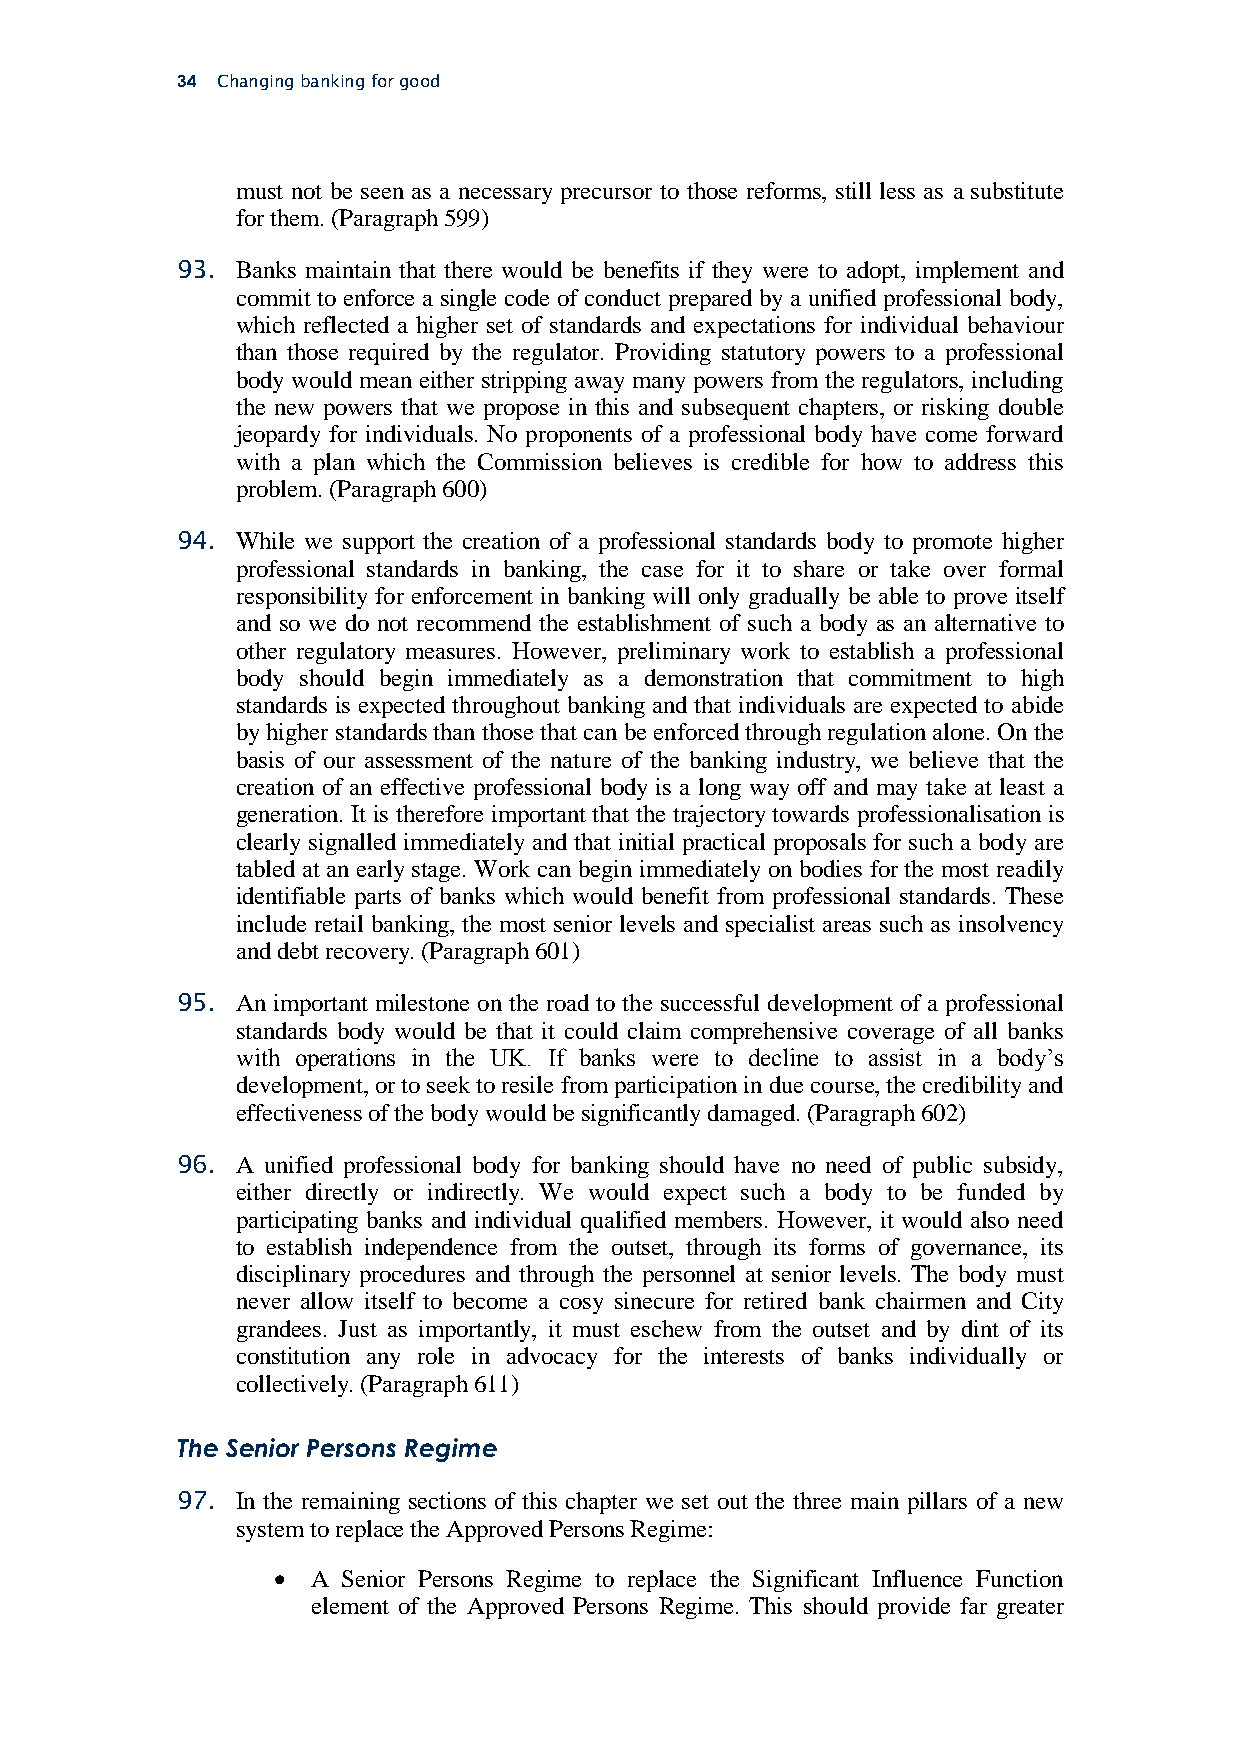
34 Changing banking for good
 must not be seen as a necessary precursor to those reforms, still less as a substitute
 for them. (Paragraph 599)
 93. Banks maintain that there would be benefits if they were to adopt, implement and
 commit to enforce a single code of conduct prepared by a unified professional body,
 which reflected a higher set of standards and expectations for individual behaviour
 than those required by the regulator. Providing statutory powers to a professional
 body would mean either stripping away many powers from the regulators, including
 the new powers that we propose in this and subsequent chapters, or risking double
 jeopardy for individuals. No proponents of a professional body have come forward
 with a plan which the Commission believes is credible for how to address this
 problem. (Paragraph 600)
 94. While we support the creation of a professional standards body to promote higher
 professional standards in banking, the case for it to share or take over formal
 responsibility for enforcement in banking will only gradually be able to prove itself
 and so we do not recommend the establishment of such a body as an alternative to
 other regulatory measures. However, preliminary work to establish a professional
 body should begin immediately as a demonstration that commitment to high
 standards is expected throughout banking and that individuals are expected to abide
 by higher standards than those that can be enforced through regulation alone. On the
 basis of our assessment of the nature of the banking industry, we believe that the
 creation of an effective professional body is a long way off and may take at least a
 generation. It is therefore important that the trajectory towards professionalisation is
 clearly signalled immediately and that initial practical proposals for such a body are
 tabled at an early stage. Work can begin immediately on bodies for the most readily
 identifiable parts of banks which would benefit from professional standards. These
 include retail banking, the most senior levels and specialist areas such as insolvency
 and debt recovery. (Paragraph 601)
 95. An important milestone on the road to the successful development of a professional
 standards body would be that it could claim comprehensive coverage of all banks
 with operations in the UK. If banks were to decline to assist in a body’s
 development, or to seek to resile from participation in due course, the credibility and
 effectiveness of the body would be significantly damaged. (Paragraph 602)
 96. A unified professional body for banking should have no need of public subsidy,
 either directly or indirectly. We would expect such a body to be funded by
 participating banks and individual qualified members. However, it would also need
 to establish independence from the outset, through its forms of governance, its
 disciplinary procedures and through the personnel at senior levels. The body must
 never allow itself to become a cosy sinecure for retired bank chairmen and City
 grandees. Just as importantly, it must eschew from the outset and by dint of its
 constitution any role in advocacy for the interests of banks individually or
 collectively. (Paragraph 611)
 The Senior Persons Regime
 97. In the remaining sections of this chapter we set out the three main pillars of a new
 system to replace the Approved Persons Regime:
   A Senior Persons Regime to replace the Significant Influence Function
 element of the Approved Persons Regime. This should provide far greater